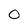
Character: O